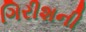
ગિરીશની